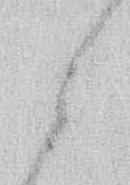
ら